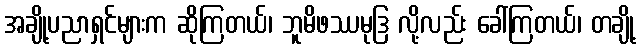
အချို့ပညာရှင်များက ဆိုကြတယ်၊ ဘူမိဖဿမုဒြ လို့လည်း ခေါ်ကြတယ်၊ တချို့